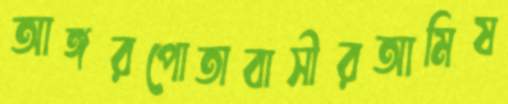
আঙ্গরপোতাবাসীরআমিষ